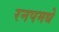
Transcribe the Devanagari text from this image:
रनपमधे